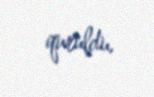
quruldu.